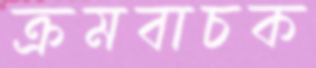
ক্রমবাচক